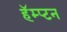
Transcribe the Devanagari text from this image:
हॅम्प्टन